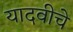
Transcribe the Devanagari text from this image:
यादवीचे